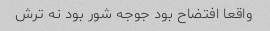
واقعا افتضاح بود جوجه شور بود نه ترش